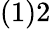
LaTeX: (1)2